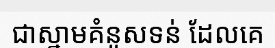
ជាស្នាមគំនូសទន់ ដែលគេ